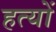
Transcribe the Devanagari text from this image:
हत्यों